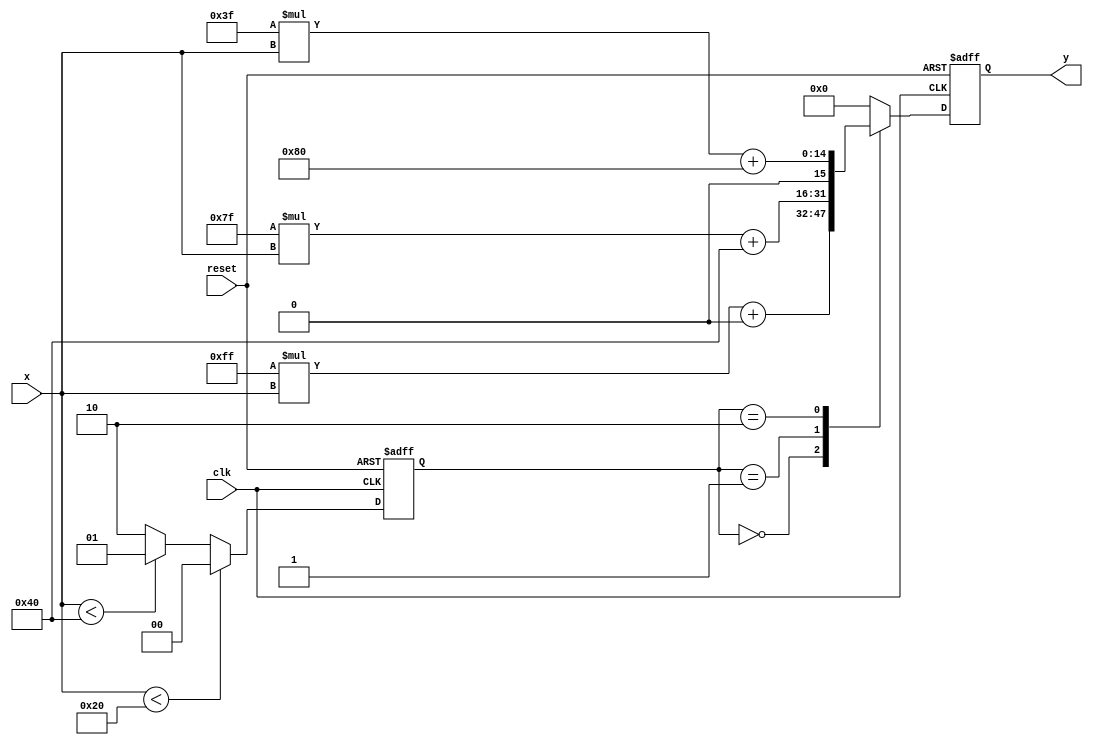
module plar_reciprocal (
    input wire [7:0] x,       // 8-bit input
    output reg [15:0] y,      // 16-bit output for the reciprocal (scaled)
    input wire clk,           // Clock signal
    input wire reset          // Reset signal
);

// Define the piecewise segments
// Each segment has its own coefficients (m, b)
// Adjust these values according to your specific approximation needs

// Coefficients for each segment: (m, b) pairs
// Assume the segments are defined for some ranges (example values)
parameter S1_M = 8'hFF;  // Example slope for segment 1
parameter S1_B = 8'h00;  // Example intercept for segment 1

parameter S2_M = 8'h7F;  // Example slope for segment 2
parameter S2_B = 8'h40;  // Example intercept for segment 2

parameter S3_M = 8'h3F;  // Example slope for segment 3
parameter S3_B = 8'h80;  // Example intercept for segment 3

// Define input range thresholds for segment selection
parameter THRESHOLD1 = 8'd32; // Define threshold for segment 1
parameter THRESHOLD2 = 8'd64; // Define threshold for segment 2

// Internal signals
reg [1:0] segment;         // Segment identifier
reg [15:0] reciprocal;     // Temporary reciprocal value

// State machine for segment selection
always @ (posedge clk or posedge reset) begin
    if (reset) begin
        segment <= 2'b00;
    end else begin
        if (x < THRESHOLD1) begin
            segment <= 2'b00; // Segment 1
        end else if (x < THRESHOLD2) begin
            segment <= 2'b01; // Segment 2
        end else begin
            segment <= 2'b10; // Segment 3
        end
    end
end

// Calculate reciprocal based on the selected segment
always @ (*) begin
    case (segment)
        2'b00: begin
            // Segment 1 approximation
            reciprocal = (S1_M * x) + S1_B;
        end
        2'b01: begin
            // Segment 2 approximation
            reciprocal = (S2_M * x) + S2_B;
        end
        2'b10: begin
            // Segment 3 approximation
            reciprocal = (S3_M * x) + S3_B;
        end
        default: begin
            reciprocal = 16'b0; // Default case
        end
    endcase
end

// Assign the final output
always @ (posedge clk or posedge reset) begin
    if (reset) begin
        y <= 16'b0;
    end else begin
        // Output the calculated reciprocal
        y <= reciprocal;
    end
end

endmodule